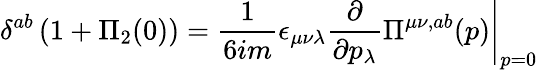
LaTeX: \delta^{ab}\, (1+\Pi_{2}(0))={\frac{1}{6im}}\epsilon_{\mu\nu\lambda}\left.{\frac{\partial}{\partial p_{\lambda}}}\Pi^{\mu\nu,ab}(p)\right|_{p=0}